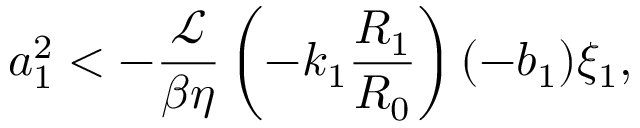
a _ { 1 } ^ { 2 } < - \frac { \mathcal { L } } { \beta \eta } \left( - k _ { 1 } \frac { R _ { 1 } } { R _ { 0 } } \right) ( - b _ { 1 } ) \xi _ { 1 } ,